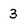
Character: 3